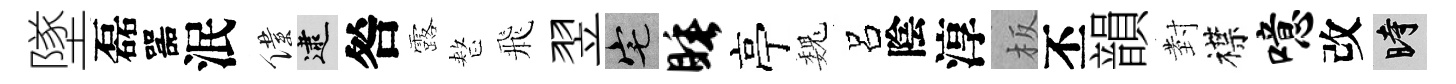
墜磊噐泯僕逮咎露整飛翌宅睡亭巍呂陰淳板丕韻𭔹襟噫改时